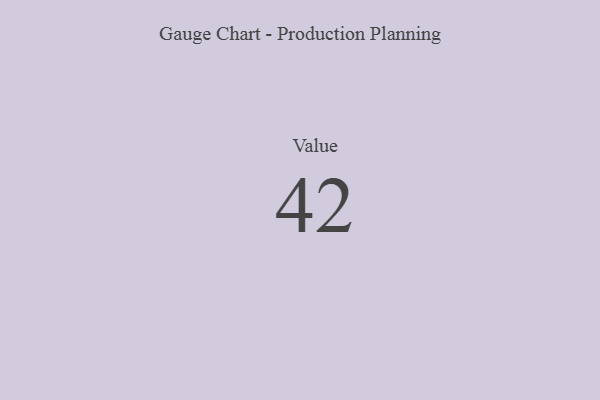
{"axis": {"x": "Metric", "y": "Value"}, "legend": [""], "data": [{"x": "Value", "y": 42, "type": ""}]}